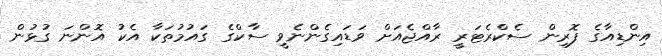
އިންޑިއާގެ ފޮރިން ސެކްރެޓަރީ ރާއްޖެއަށް ވަޑައިގެންނެވީ ސާކްގެ ގައުމުތަކާ އެކު އޮންނަ ގުޅުން